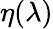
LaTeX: \eta(\lambda)